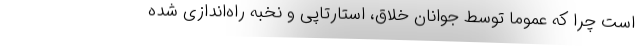
است چرا که عموما توسط جوانان خلاق، استارتاپی و نخبه راه‌اندازی شده